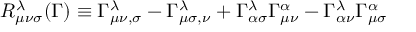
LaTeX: R _ { \mu \nu \sigma } ^ { \lambda } ( \Gamma ) \equiv \Gamma _ { \mu \nu , \sigma } ^ { \lambda } - \Gamma _ { \mu \sigma , \nu } ^ { \lambda } + \Gamma _ { \alpha \sigma } ^ { \lambda } \Gamma _ { \mu \nu } ^ { \alpha } - \Gamma _ { \alpha \nu } ^ { \lambda } \Gamma _ { \mu \sigma } ^ { \alpha }